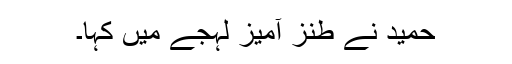
حمید نے طنز آمیز لہجے میں کہا۔